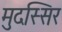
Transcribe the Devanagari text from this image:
मुदस्सिर